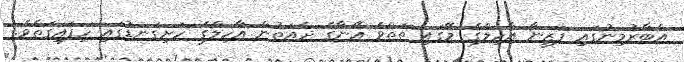
އެބާރުމިނުގައި ފަޒީނާ އާހިލްގެ މޭގައި ތަތްވެ އޭނާގެ ދެއަތުން އާހިލްގެ ހަށިގަނޑުގައި ހިފައިގަތެވެ.